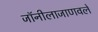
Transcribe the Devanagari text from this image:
जॉनीलाजाणवले